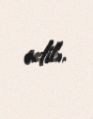
edib.